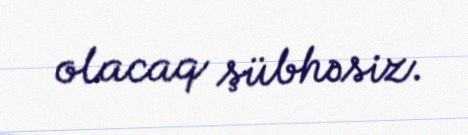
olacaq şübhəsiz.